Report of an investigation of the epidemic of malarial fever in Assam, or, kala-azar
Disease focus: Malaria
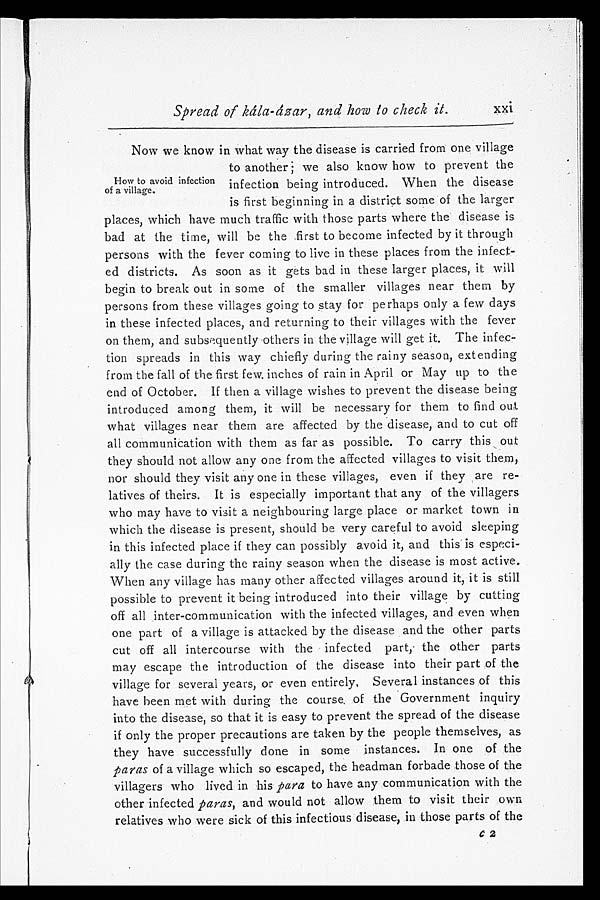
Spread of kála-ázar, and how to check it.
xxi
Now we know in what way the disease is carried from one village
to another; we also know how to prevent the
infection being introduced. When the disease
is first beginning in a district some of the larger
places, which have much traffic with those parts where the disease is
bad at the time, will be the first to become infected by it through
persons with the fever coming to live in these places from the infect--
ed districts. As soon as it gets bad in these larger places, it will
begin to break out in some of the smaller villages near them by
persons from these villages going to stay for perhaps only a few days
in these infected places, and returning to their villages with the fever
on them, and subsequently others in the village will get it. The infec-
-tion spreads in this way chiefly during the rainy season, extending
from the fall of the first few. inches of rain in April or May up to the
end of October. If then a village wishes to prevent the disease being
introduced among them, it will be necessary for them to find out
what villages near them are affected by the disease, and to cut off
all communication with them as far as possible. To carry this
o u t t h e y s h o u l d n o t a l l o w a n y o n e f r o m t h e a f f e c t e d v i l l a g e s t o v i s i t t h e m ,
nor should they visit any one in these villages, even if they are re-
latives of theirs. It is especially important that any of the villagers
who may have to visit a neighbouring large place or market town in
which the disease is present, should be very careful to avoid sleeping
in this infected place if they can possibly avoid it, and this is especi--
ally the case during the rainy season when the disease is most active.
When any village has many other affected villages around it, it is still
possible to prevent it being introduced into their village by cutting
off all inter-communication with the infected villages, and even when
one part of a village is attacked by the disease and the other parts
cut off all intercourse with the infected part, the other parts
may escape the introduction of the disease into their part of the
village for several years, or even entirely, Several instances of this
have been met with during the course of the Government inquiry
into the disease, so that it is easy to prevent the spread of the disease
if only the proper precautions are taken by the people themselves, as
they have successfully done in some instances. In one of the
paras of a village which so escaped, the headman forbade those of the
villagers who lived in his para to have any communication with the
other infected paras, and would not allow them to visit their own
relatives who were sick of this infectious disease, in those parts of the
How to avoid infection
of a village.